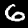
Digit: 6